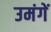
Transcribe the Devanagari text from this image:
उमंगें